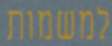
למשמות